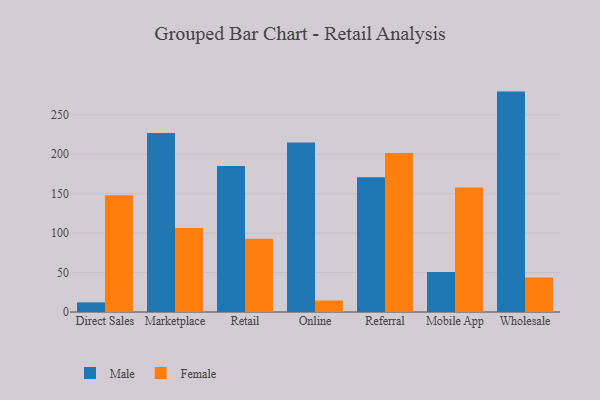
{"axis": {"x": "Channel", "y": "Energy Usage (MWh)"}, "legend": ["Female", "Male"], "data": [{"x": "Direct Sales", "y": 12.2, "type": "Male"}, {"x": "Direct Sales", "y": 147.9, "type": "Female"}, {"x": "Marketplace", "y": 226.7, "type": "Male"}, {"x": "Marketplace", "y": 106.4, "type": "Female"}, {"x": "Retail", "y": 185.0, "type": "Male"}, {"x": "Retail", "y": 92.8, "type": "Female"}, {"x": "Online", "y": 214.8, "type": "Male"}, {"x": "Online", "y": 14.5, "type": "Female"}, {"x": "Referral", "y": 170.8, "type": "Male"}, {"x": "Referral", "y": 201.6, "type": "Female"}, {"x": "Mobile App", "y": 50.7, "type": "Male"}, {"x": "Mobile App", "y": 157.9, "type": "Female"}, {"x": "Wholesale", "y": 279.3, "type": "Male"}, {"x": "Wholesale", "y": 43.7, "type": "Female"}]}